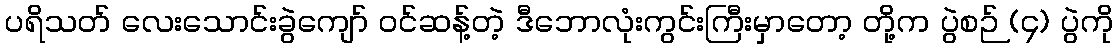
ပရိသတ် လေးသောင်းခွဲကျော် ဝင်ဆန့်တဲ့ ဒီဘောလုံးကွင်းကြီးမှာတော့ တို့က ပွဲစဉ် (၄) ပွဲကို